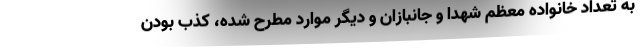
به تعداد خانواده معظم شهدا و جانبازان و دیگر موارد مطرح شده، کذب بودن